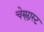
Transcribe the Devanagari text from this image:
चेम्प्लास्ट